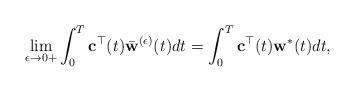
LaTeX: \begin{align*}{}\lim_{\epsilon\rightarrow 0+}\int_{0}^{T}{\bf c}^{\top}(t)\bar{\bf w}^{(\epsilon)}(t)dt=\int_{0}^{T}{\bf c}^{\top}(t){\bf w}^{*}(t)dt,\end{align*}